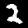
Digit: 2